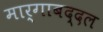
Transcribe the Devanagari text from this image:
मार्गाबद्दल